King Institute of Preventive Medicine Bacteriolog. Section reports 1907-08
Year: 1907
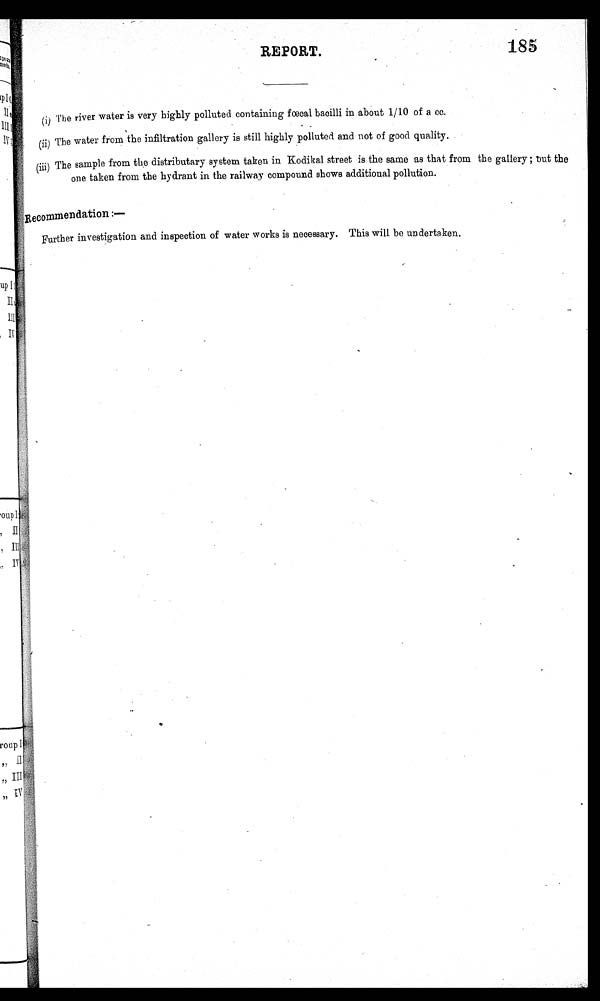
REPORT.
185
(i) The river water is very highly polluted containing fœcal bacilli in about 1/10 of a cc.
(ii) The water from the infiltration gallery is still highly polluted and not of good quality.
( iii) The sample from the distributary system taken in Kodikal street is the same as that from the gallery ; but the
one taken from the hydrant in the railway compound shows additional pollution.
Recommendation:——
Further investigation and inspection of water works is necessary. This will be undertaken.